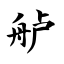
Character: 舻